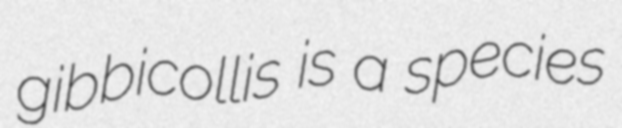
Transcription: gibbicollis is a species